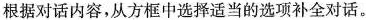
根据对话内容,从方框中选择适当的选项补全对话。